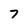
Character: 7